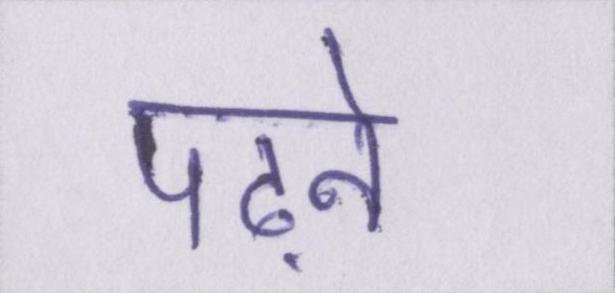
पढ़ने